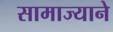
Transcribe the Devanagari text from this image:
सामाज्याने